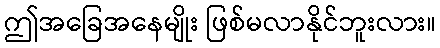
ဤအခြေအနေမျိုး ဖြစ်မလာနိုင်ဘူးလား။